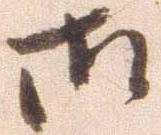
御